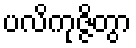
ပလိကုဇ္ဇိတွာ